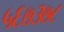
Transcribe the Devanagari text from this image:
५६७३७८